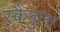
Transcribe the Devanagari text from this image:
स्कैपुला